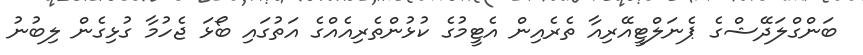
ބަންގްލަދޭޝްގެ ޕެނަލްޓީއޭރިއާ ތެރެއިން އެޓީމުގެ ކުޅުންތެރިއެއްގެ އަތުގައި ބޯޅަ ޖެހުމާ ގުޅިގެން ލިބުނު